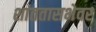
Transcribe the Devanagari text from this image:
शांततासभेवर